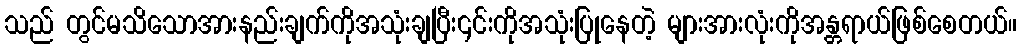
သည် တွင်မသိသောအားနည်းချက်ကိုအသုံးချပြီး၎င်းကိုအသုံးပြုနေတဲ့ များအားလုံးကိုအန္တရာယ်ဖြစ်စေတယ်။